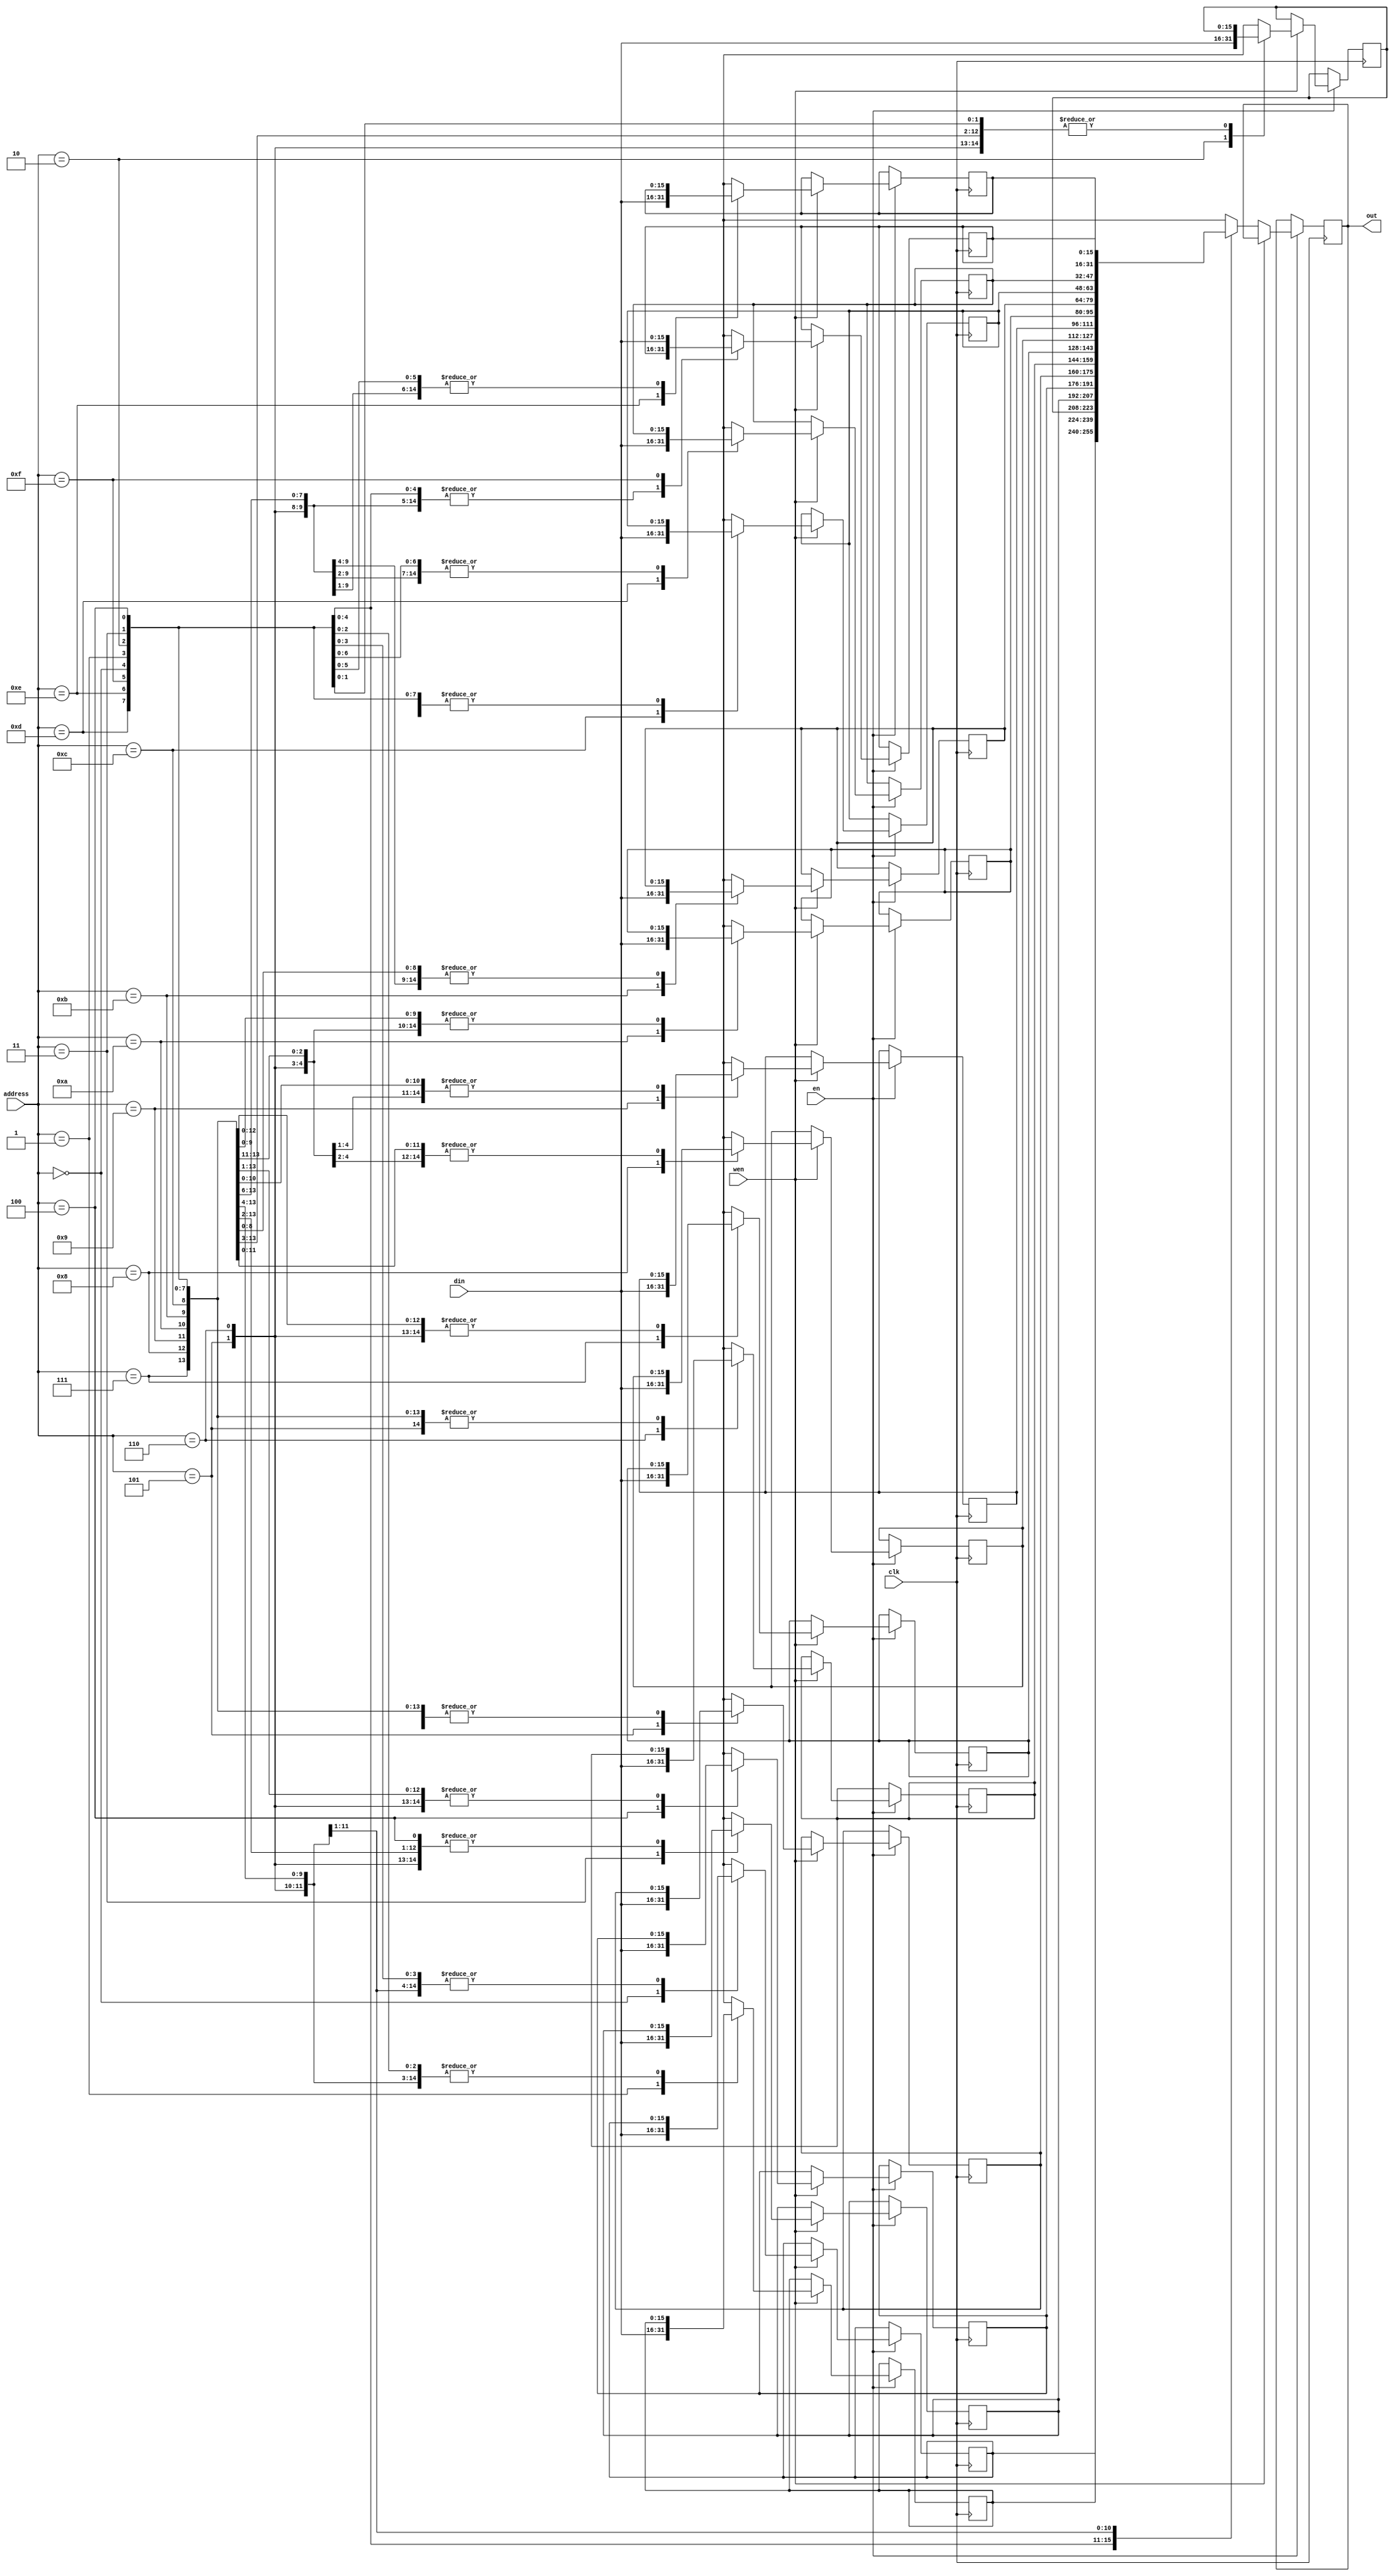
`timescale 1ns / 1ps
//////////////////////////////////////////////////////////////////////////////////
// Company: 
// Engineer: 
// 
// Design Name: 
// Module Name:    memory_RAM_16bit_4bit 
// Project Name: 
// Target Devices: 
// Tool versions: 
// Description: 
//
// Dependencies: 
//
// Revision: 
// Revision 0.01 - File Created
// Additional Comments: 
//
//////////////////////////////////////////////////////////////////////////////////
module memory_RAM_16bit_4bit(
    input [15:0] din,
    input en,wen,clk,
    input [3:0] address,
    output reg [15:0] out
    );
	 reg[15:0] mem [15:0];
	 /*integer i;
	initial begin
	
		out=0;
		for(i=0;i<16;i=i+1) begin
			for(i=0;i<16;i=i+1) begin
			mem[i]=0;
		end
	end*/
	always @(posedge clk) begin
		if(en) begin
			if(wen) begin
				mem[address][15:0]=din;
			end
			else begin
				out=mem[address][15:0];
			end
		end
	end

endmodule